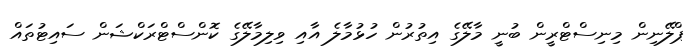
ޕްލޭނިން މިނިސްޓްރީން ބުނީ މާލޭގެ އިތުރުން ހުޅުމާލެ އާއި ވިލިމާލޭގެ ކޮންސްޓްރަކްޝަން ސައިޓުތައް